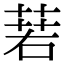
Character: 𦴈